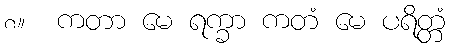
၈။  ကတာ မေ ရက္ခာ ကတံ မေ ပရိတ္တံ